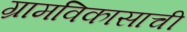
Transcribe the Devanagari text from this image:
ग्रामविकासाची